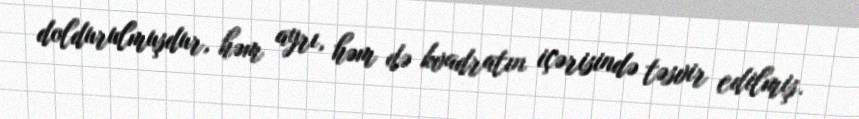
doldurulmuşdur, həm ayrı, həm də kvadratın içərisində təsvir edilmiş.